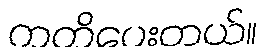
ကတိပေးတယ်။